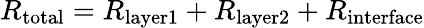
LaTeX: R_{\textrm{total}}=R_{\textrm{layer1}}+R_{\textrm{layer2}}+R_{\textrm{interface}}